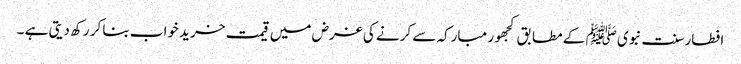
افطار سنت نبوی ﷺ کے مطابق کجھور مبارکہ سے کرنے کی غرض میں قیمت خرید خواب بنا کر رکھ دیتی ہے ۔